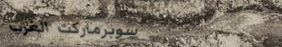
سوبرماركت الغرب